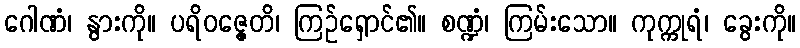
ဂေါဏံ၊ နွားကို။ ပရိဝဇ္ဇေတိ၊ ကြဉ်ရှောင်၏။ စဏ္ဍံ၊ ကြမ်းသော။ ကုက္ကုရံ၊ ခွေးကို။